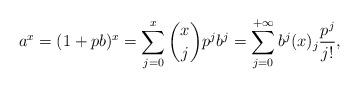
LaTeX: \begin{align*}a^x=(1+pb)^x=\sum_{j=0}^x {x\choose j}p^jb^j=\sum_{j=0}^{+\infty} b^j(x)_j\frac{p^j}{j!},\end{align*}